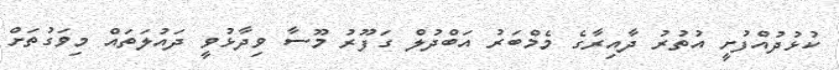
ކުޅުދުއްފުށީ އުތުރު ދާއިރާގެ މެމްބަރު އަބްދުލް ގަފޫރު މޫސާ ވިދާޅުވީ ދައުލަތައް މިވަގުތަށް